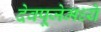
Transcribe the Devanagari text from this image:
देवपूजेमध्ये